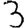
Digit: 3